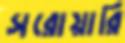
সরোয়ারি